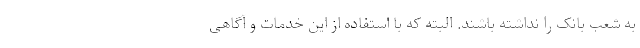
به شعب بانک را نداشته باشند. البته که با استفاده از این خدمات و آگاهی